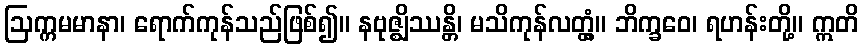
ဩက္ကမမာနာ၊ ရောက်ကုန်သည်ဖြစ်၍။ နဗုဇ္ဈိဿန္တိ၊ မသိကုန်လတ္တံ့။ ဘိက္ခဝေ၊ ရဟန်းတို့။ ဣတိ